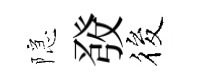
隠𤼲筱